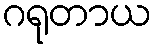
ဂရုတာယ